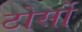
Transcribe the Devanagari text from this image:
टोर्सो